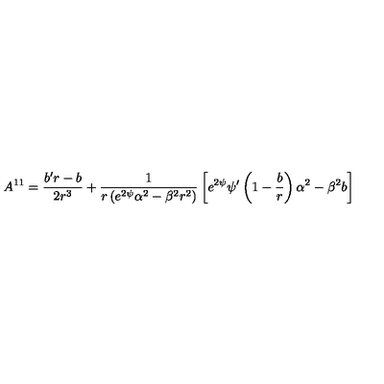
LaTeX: A ^ { 1 1 } = \frac { b ^ { \prime } r - b } { 2 r ^ { 3 } } + \frac { 1 } { r \left( e ^ { 2 \psi } \alpha ^ { 2 } - \beta ^ { 2 } r ^ { 2 } \right) } \left[ e ^ { 2 \psi } \psi ^ { \prime } \left( 1 - \frac { b } { r } \right) \alpha ^ { 2 } - \beta ^ { 2 } b \right]